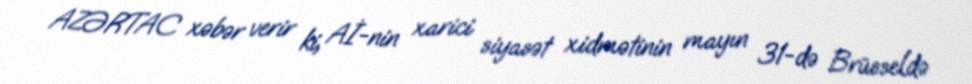
AZƏRTAC xəbər verir ki, Aİ-nin xarici siyasət xidmətinin mayın 31-də Brüsseldə